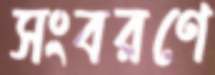
সংবরণে